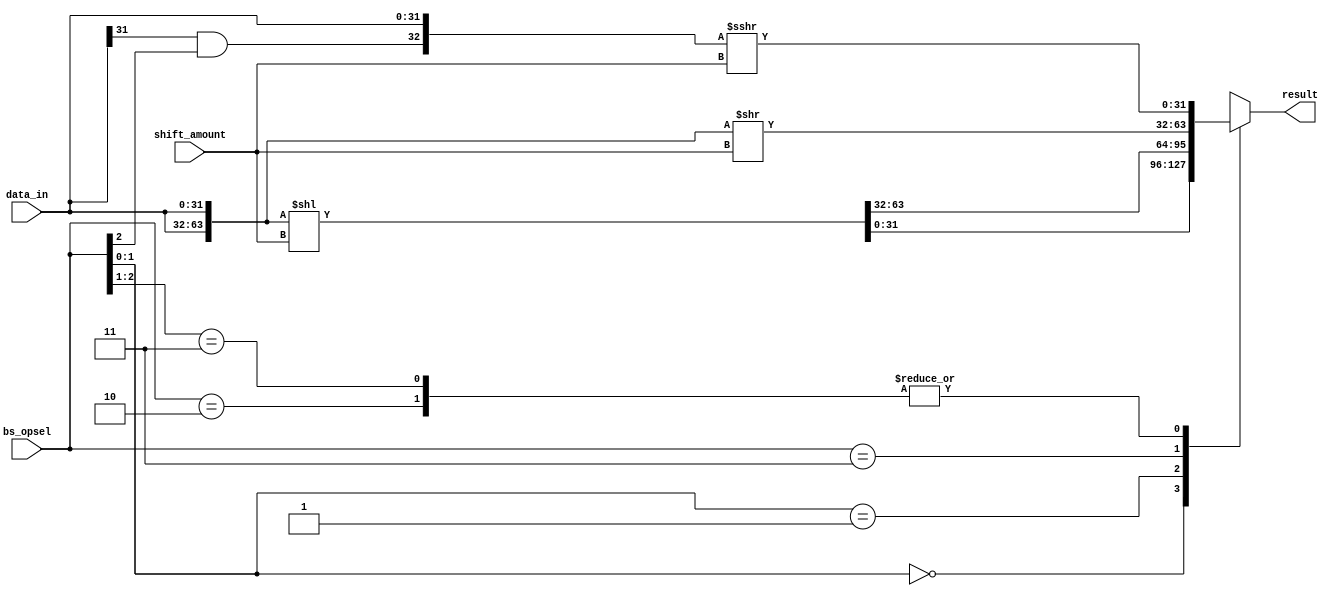

`timescale 1ns/1ps

`define SLL 3'b?00
`define SRL 3'b010
`define ROL 3'b?01
`define ROR 3'b011
`define SRA 3'b11?

module barrel_shifter(
         bs_opsel,
        shift_amount,
         data_in,
         result
  );

input   [31:0]data_in;
input  [2:0]bs_opsel;
input  [31:0]shift_amount;
output reg [31:0]result;  
wire arithm;

assign arithm = data_in[31] & bs_opsel[2];
wire [63:0]l_shift = {data_in, data_in} << shift_amount;
wire [63:0]r_shift = {data_in, data_in} >> shift_amount;
wire [31:0]a_r_shift = $signed({arithm,data_in}) >>> shift_amount; // Alexandr Shlihta adviced an idea how to create arephmetical shift block 

always @* begin
  casez(bs_opsel)
    `SLL:  result = l_shift[31:0];   
    `SRL:  result = a_r_shift[31:0];  
    `ROL:  result = l_shift[63:32];
    `ROR:  result = r_shift[31:0];        
    `SRA:  result = a_r_shift[31:0];
  endcase
 
end
		
endmodule